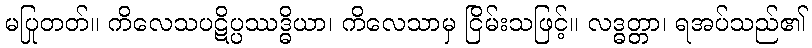
မပြုတတ်။ ကိလေသပဋိပ္ပဿဒ္ဓိယာ၊ ကိလေသာမှ ငြိမ်းသဖြင့်။ လဒ္ဓတ္တာ၊ ရအပ်သည်၏